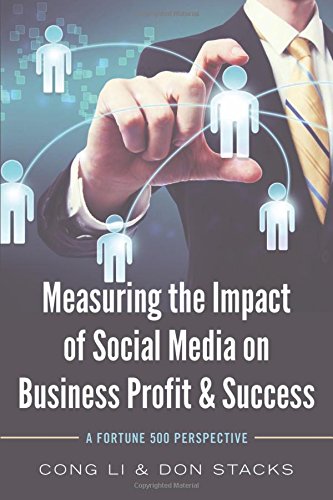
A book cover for Measuring the Impact of Social Media on Business Profit and Success: A Fortune 500 Perspective; Cong Li; Computers & Technology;